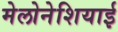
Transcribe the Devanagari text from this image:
मेलोनेशियाई